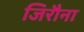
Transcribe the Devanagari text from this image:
जिरौना